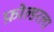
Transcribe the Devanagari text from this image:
फ़ोल्डरला